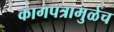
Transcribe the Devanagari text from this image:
कागपत्रामुळेच